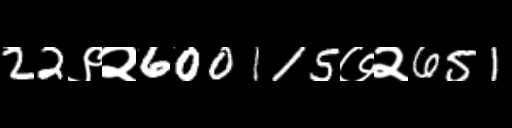
Text: 22९२600115७२651